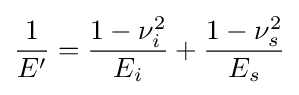
{\frac {1}{E'}}={\frac {1-\nu _{i}^{2}}{E_{i}}}+{\frac {1-\nu _{s}^{2}}{E_{s}}}